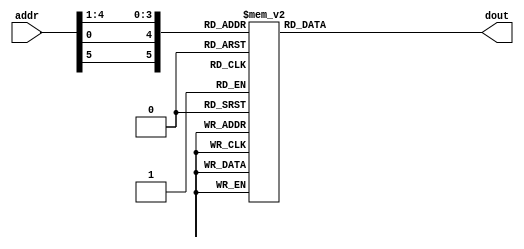

`timescale 1ns/100ps 

module sbox1 (
  addr, 
  dout
);

  input  [1:6] addr;
  output [1:4] dout;
  
  reg    [1:4] dout;
  
  //
  // The SBOX is essentially a 64x4 ROM
  //
  always @( addr ) begin
    case ({addr[1], addr[6], addr[2:5]}) //synopsys full_case parallel_case
       0 : dout = 14;
       1 : dout =  4;
       2 : dout = 13;
       3 : dout =  1;
       4 : dout =  2;
       5 : dout = 15;
       6 : dout = 11;
       7 : dout =  8;
       8 : dout =  3;
       9 : dout = 10;
      10 : dout =  6;
      11 : dout = 12;
      12 : dout =  5;
      13 : dout =  9;
      14 : dout =  0;
      15 : dout =  7;
      16 : dout =  0;
      17 : dout = 15;
      18 : dout =  7;
      19 : dout =  4;
      20 : dout = 14;
      21 : dout =  2;
      22 : dout = 13;
      23 : dout =  1;
      24 : dout = 10;
      25 : dout =  6;
      26 : dout = 12;
      27 : dout = 11;
      28 : dout =  9;
      29 : dout =  5;
      30 : dout =  3;
      31 : dout =  8;
      32 : dout =  4;
      33 : dout =  1;
      34 : dout = 14;
      35 : dout =  8;
      36 : dout = 13;
      37 : dout =  6;
      38 : dout =  2;
      39 : dout = 11;
      40 : dout = 15;
      41 : dout = 12;
      42 : dout =  9;
      43 : dout =  7;
      44 : dout =  3;
      45 : dout = 10;
      46 : dout =  5;
      47 : dout =  0;
      48 : dout = 15;
      49 : dout = 12;
      50 : dout =  8;
      51 : dout =  2;
      52 : dout =  4;
      53 : dout =  9;
      54 : dout =  1;
      55 : dout =  7;
      56 : dout =  5;
      57 : dout = 11;
      58 : dout =  3;
      59 : dout = 14;
      60 : dout = 10;
      61 : dout =  0;
      62 : dout =  6;
      63 : dout = 13;
    endcase
  end

endmodule